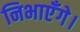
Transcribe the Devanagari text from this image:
निभाएँगे।